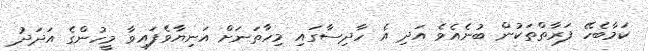
ކަމާބެހޭ ފަރާތްތަކުން ބުނެއެވެ އަދި އެ ހާދިސާގައި މިހާތަނަށް އަނިޔާވެފައިވާ މީހުންގެ އަދަދު